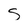
Character: S